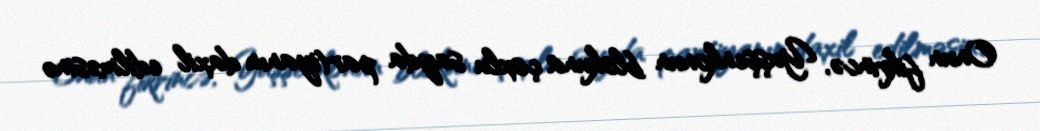
Onun fikrincə, Yuşşenkonun blokuna çoxlu sayda partiyanın daxil edilməsinə